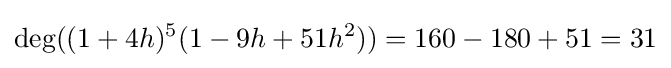
\deg((1+4h)^{5}(1-9h+51h^{2}))=160-180+51=31